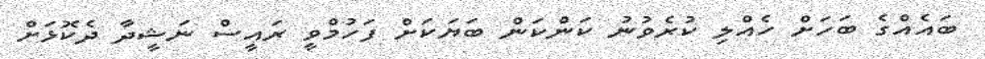
ބައެއްގެ ބަހަށް ހެއްލި ކުރެވުނު ކަންކަން ބަޔަކަށް ފަހުމްވީ ރައީސް ނަޝީދާ ދެކޮޅަށް